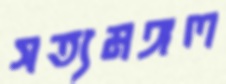
সত্যমঙ্গল